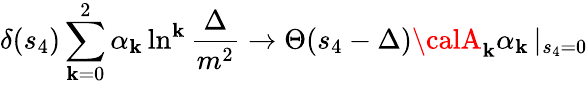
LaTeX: \delta(s_{4})\sum_{\mathbf{k}=0}^{2}\alpha_{\mathbf{k}}\ln^{\mathbf{k}}\frac{{\Delta}}{{m^{2}}}\rightarrow\Theta(s_{4}-\Delta){\calA}_{\mathbf{k}}\alpha_{\mathbf{k}}\left|_{s_{4}=0}\right.